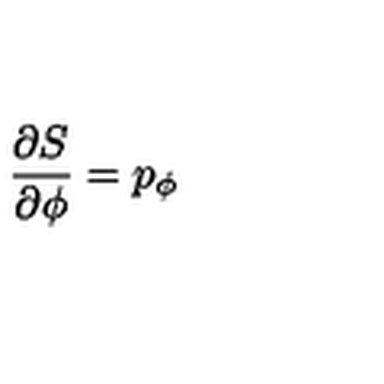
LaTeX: { \frac { \partial S } { \partial \phi } } = p _ { \phi }